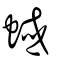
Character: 蜮